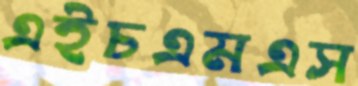
এইচএমএস